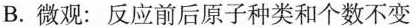
B.微观：反应前后原子种类和个数不变